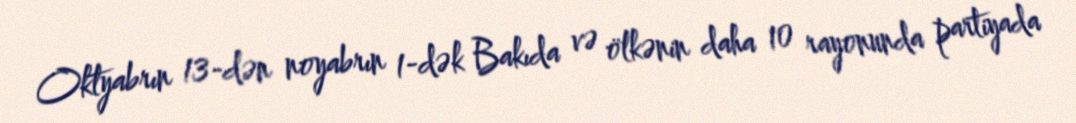
Oktyabrın 13-dən noyabrın 1-dək Bakıda və ölkənin daha 10 rayonunda partiyada